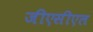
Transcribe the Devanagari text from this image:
जीएसीएल